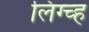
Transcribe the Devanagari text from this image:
लिग्च्ह